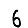
Digit: 6